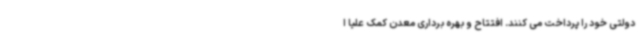
دولتی خود را پرداخت می کنند. افتتاح و بهره برداری معدن کمک علیا ا